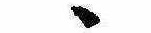
ゝ